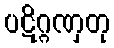
ပဋိဂ္ဂဏှတု